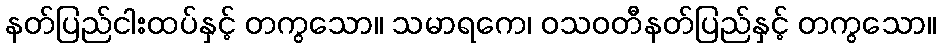
နတ်ပြည်ငါးထပ်နှင့် တကွသော။ သမာရကေ၊ ဝသဝတီနတ်ပြည်နှင့် တကွသော။